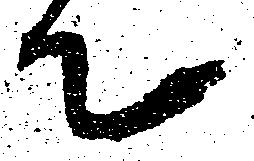
て